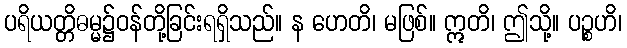
ပရိယတ္တိဓမ္မ၌ဝန်တို့ခြင်းရရှိသည်။ န ဟေတိ၊ မဖြစ်။ ဣတိ၊ ဤသို့။ ပဉ္စဟိ၊